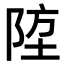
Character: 𨹛